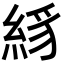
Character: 絼